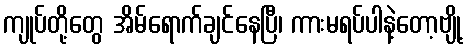
ကျုပ်တို့တွေ အိမ်ရောက်ချင်နေပြီ၊ ကားမရပ်ပါနဲ့တော့ဗျို့